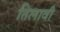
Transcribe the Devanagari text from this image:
तिलावी